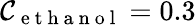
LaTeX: \mathcal{C}_{\mathrm{{~e~t~h~a~n~o~l~}}}=0.3